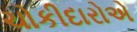
ચોકીદારોએ